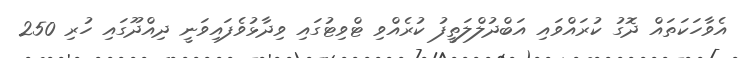
އެވާހަކަތައް ދޮގު ކުރައްވައި އަބްދުލްލަތީފު ކުރެއްވި ޓްވިޓުގައި ވިދާޅުވެފައިވަނީ ދިއްދޫގައި ހުރި 250